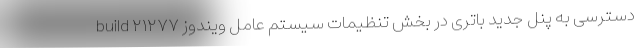
build ۲۱۲۷۷ دسترسی به پنل جدید باتری در بخش تنظیمات سیستم عامل ویندوز